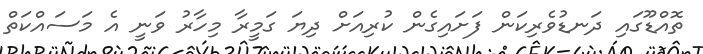
ތޮއްޑޫގައި ދަނޑުވެރިކަން ފަށައިގެން ކުރިއަށް ދިޔަ ގަމީރާ މިހާރު ވަނީ އެ މަސައްކަތް